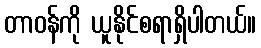
တာဝန်ကို ယူနိုင်စရာရှိပါတယ်။